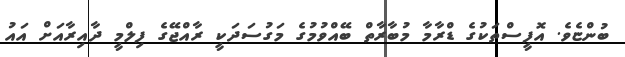
ބުންޏެވެ. އޮފީސްތަކުގެ ޑްރާމާ މުބާރާތް ބޭއްވުމުގެ މަގުސަދަކީ ރާއްޖޭގެ ފިލްމީ ދާއިރާއަށް އައު